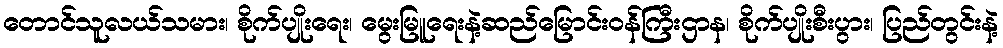
တောင်သူလယ်သမား၊ စိုက်ပျိုးရေး၊ မွေးမြူရေးနဲ့ဆည်မြောင်းဝန်ကြီးဌာန၊ စိုက်ပျိုးစီးပွား၊ ပြည်တွင်းနဲ့